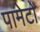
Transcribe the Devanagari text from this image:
पामेटो